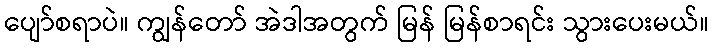
ပျော်စရာပဲ။ ကျွန်တော် အဲဒါအတွက် မြန် မြန်စာရင်း သွားပေးမယ်။